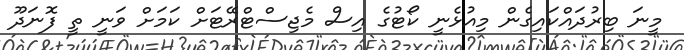
މީނަ ބިރުދައްކައިގެން މިއުޅެނީ ކޯޓުގެ އިސް މެޖިސްޓްރޭޓަށް ކަމަށް ވަނީ ތީ ފޮނަދޫ